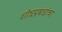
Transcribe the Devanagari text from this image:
शोधप्रबंधांचा